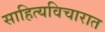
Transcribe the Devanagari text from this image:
साहित्यविचारात